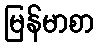
မြန်မာစာ